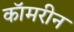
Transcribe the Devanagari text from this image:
कॉमरीन